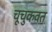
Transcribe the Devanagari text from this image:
चूचुकवत